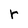
Character: r